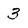
Character: 3